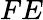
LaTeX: FE